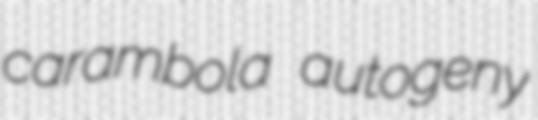
carambola autogeny